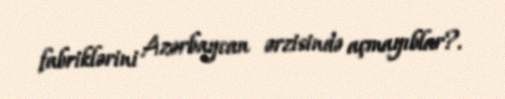
fabriklərini Azərbaycan ərzisində açmayıblar?.